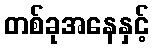
တစ်ခုအနေနှင့်